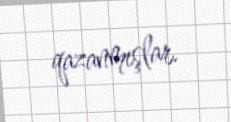
qazanmışlar.